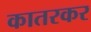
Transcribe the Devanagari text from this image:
कातरकर